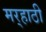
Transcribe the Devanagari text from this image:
मर्‍हाठी